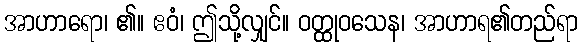
အာဟာရော၊ ၏။ ဧဝံ၊ ဤသို့လျှင်။ ဝတ္ထုဝသေန၊ အာဟာရ၏တည်ရာ